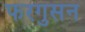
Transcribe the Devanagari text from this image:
फरगुसन